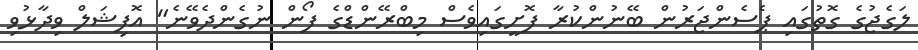
ލަގެޖުގެ ގޮތުގައި ޕެސެންޖަރުން ބޭނުންކުރާ ފޮށީގައިވެސް މިބްރޭންޑްގެ ފޯން ނުގެންދެވޭނެ" އޮފިޝަލް ވިދާޅުވި